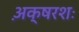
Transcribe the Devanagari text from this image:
अ़क्षरशः